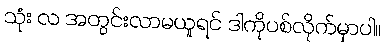
သုံး လ အတွင်းလာမယူရင် ဒါကိုပစ်လိုက်မှာပါ။